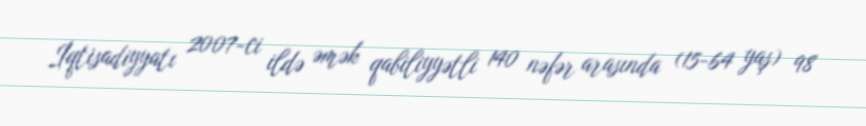
İqtisadiyyatı 2007-ci ildə əmək qabiliyyətli 140 nəfər arasında (15-64 yaş) 98